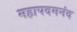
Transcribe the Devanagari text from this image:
महापदमनंद